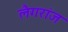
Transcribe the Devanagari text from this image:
लैगरांज